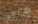
مارجي